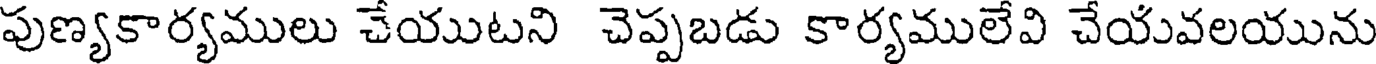
పుణ్యకార్యములు చేయుటని చెప్పబడు కార్యములేవి చేయవలయును